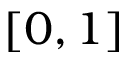
[ 0 , 1 ]